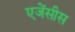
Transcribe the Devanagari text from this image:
एजेंसीस